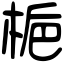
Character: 梔